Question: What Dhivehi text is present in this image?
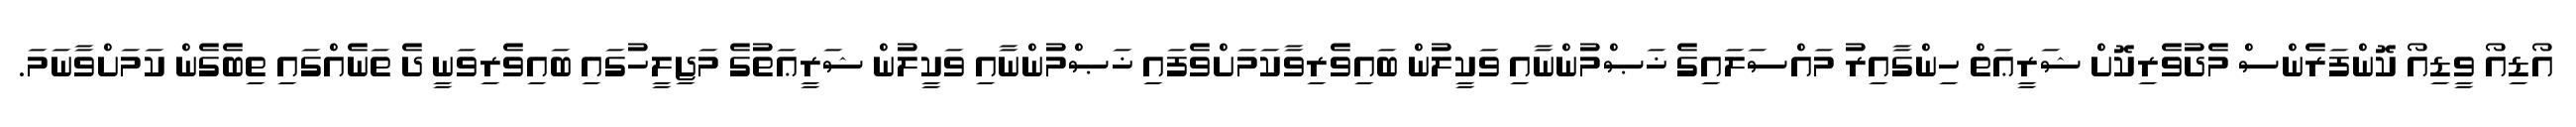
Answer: އޯޑިއޯ ވީޑިއޯ ކޮންފަރެންސް މެދުވެރިކޮށް ޝަރީޢަތް ހިންގާއިރު މައްސަލައިގެ ޚަޞްމުންނާއި ވަކީލުން ބައިވެރިވާކަމަށްވެފައި ޚަޞްމުންނާއި ވަކީލުން ޝަރީޢަތުގެ މަޖިލީހުގައި ބައިވެރިވަނީ ދެ ތަނެއްގައި ތިބެގެން ކަމަށްވާނަމަ.